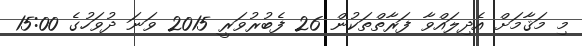
މި މަޤާމަށް އެދިލައްވާ ފަރާތްތަކުން 26 ފެބުރުވަރީ 2015 ވަނަ ދުވަހުގެ 15:00